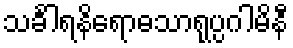
သင်္ခါရနိရောဓသာရုပ္ပဂါမိနီ